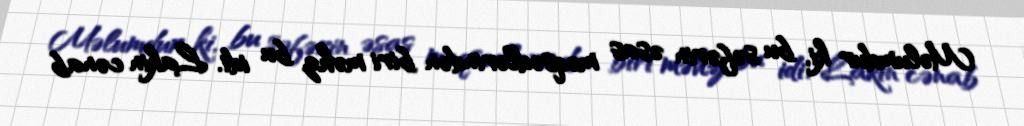
Məlumdur ki, bu səfərin əsas məqsədlərindən biri məhz bu idi. Lakin cənab